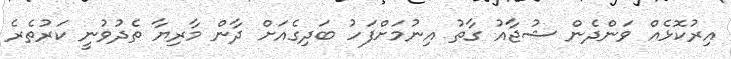
އިރުކޮޅެއް ވަންދެން ޝުޖާއު ގާތު އިނުމަށްފަހު ބަދިގެއަށް ދާން މާރިޔާ ތެދުވުނީ ކަރުތެރެ